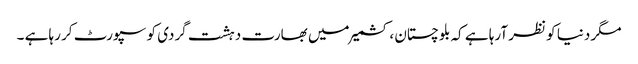
مگر دنیا کو نظر آرہا ہے کہ بلوچستان ، کشمیر میں بھارت دہشت گردی کو سپورٹ کر رہا ہے ۔